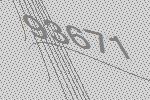
93671